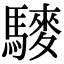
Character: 䮮